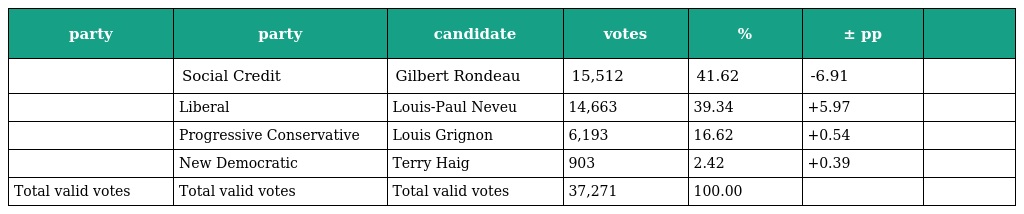
| party | party | candidate | votes | % | ± pp |  |
 | --- | --- | --- | --- | --- | --- | --- |
 |  | Social Credit | Gilbert Rondeau | 15,512 | 41.62 | -6.91 |  |
 |  | Liberal | Louis-Paul Neveu | 14,663 | 39.34 | +5.97 |  |
 |  | Progressive Conservative | Louis Grignon | 6,193 | 16.62 | +0.54 |  |
 |  | New Democratic | Terry Haig | 903 | 2.42 | +0.39 |  |
 | Total valid votes | Total valid votes | Total valid votes | 37,271 | 100.00 |  |  |